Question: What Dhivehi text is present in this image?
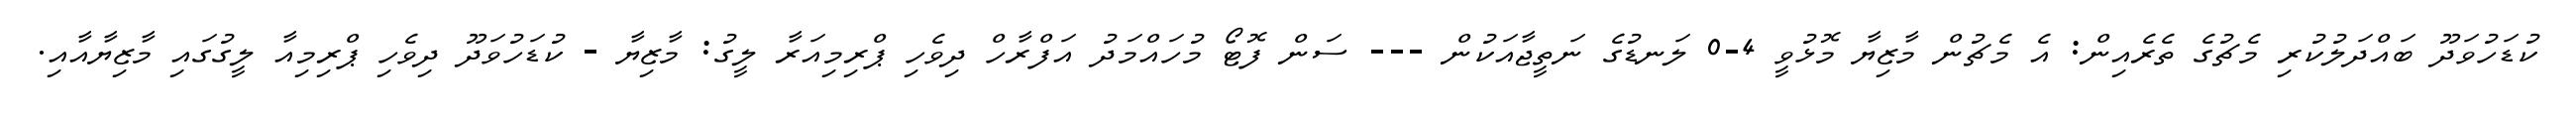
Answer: ކުޑަހުވަދޫ ބައްދަލުކުރި މެޗުގެ ތެރެއިން: އެ މެޗުން މާޒިޔާ މޮޅުވީ 4-0 ލަނޑުގެ ނަތީޖާއަކުން --- ސަން ފޮޓޯ މުހައްމަދު އަފްރާހް ދިވެހި ޕްރިމިއަރާ ލީގު: މާޒިޔާ - ކުޑަހުވަދޫ ދިވެހި ޕްރިމިއާ ލީގުގައި މާޒިޔާއާއި.